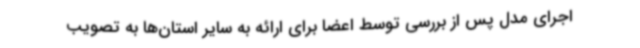
اجرای مدل پس از بررسی توسط اعضا برای ارائه به سایر استان‌ها به تصویب